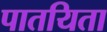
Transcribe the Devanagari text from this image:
पातयिता